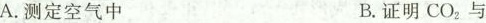
A.测定空气中 B.证明CO_{2}与